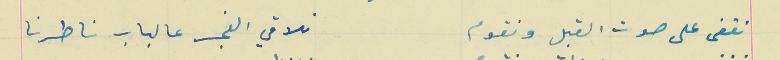
نغفى على صوت القبل ونقوم                                نلاقي الفجر عالباب ناطرنا